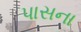
પાસના